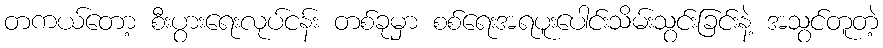
တကယ်တော့ စီးပွားရေးလုပ်ငန်း တစ်ခုမှာ စစ်ရေးအရပူးပေါင်းသိမ်းသွင်းခြင်းနဲ့ အသွင်တူတဲ့